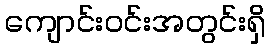
ကျောင်းဝင်းအတွင်းရှိ